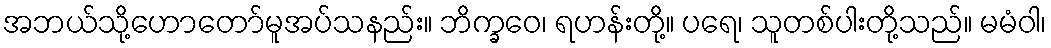
အဘယ်သို့ဟောတော်မူအပ်သနည်း။ ဘိက္ခဝေ၊ ရဟန်းတို့။ ပရေ၊ သူတစ်ပါးတို့သည်။ မမံဝါ၊